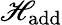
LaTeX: \mathscr{H}_{\textrm{add}}